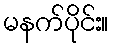
မနက်ပိုင်း။